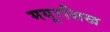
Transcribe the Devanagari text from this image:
मयूरशिख